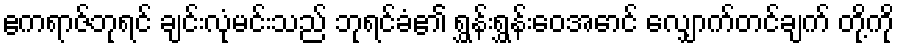
ဧကရာဇ်ဘုရင် ချင်းလုံမင်းသည် ဘုရင်ခံ၏ ရွှန်းရွှန်းဝေအောင် လျှောက်တင်ချက် တို့ကို